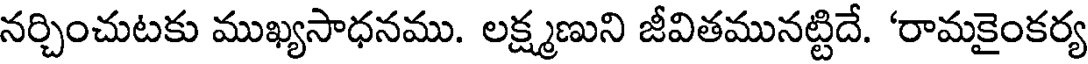
నర్చించుటకు ముఖ్యసాధనము. లక్ష్మణుని జీవితమునట్టిదే. 'రామకైంకర్య